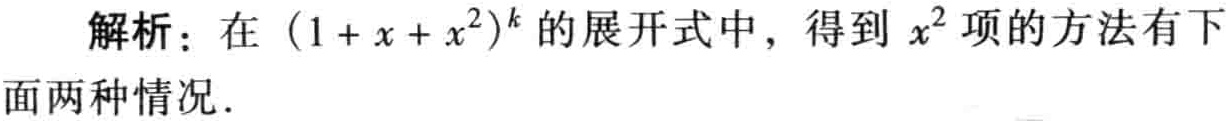
解析：在\((1 + x + x^{2})^{k}\)的展开式中，得到\(x^{2}\)项的方法有下面两种情况．